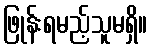
ဖြုန်းရမည့်သူမရှိ။